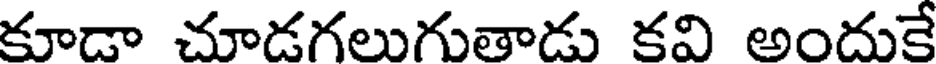
కూడా చూడగలుగుతాడు కవి అందుకే